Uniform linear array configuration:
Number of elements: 24
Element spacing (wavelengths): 0.5
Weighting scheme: hann
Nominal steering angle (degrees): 0
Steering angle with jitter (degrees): -1.403
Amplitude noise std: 0.05
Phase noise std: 0.05

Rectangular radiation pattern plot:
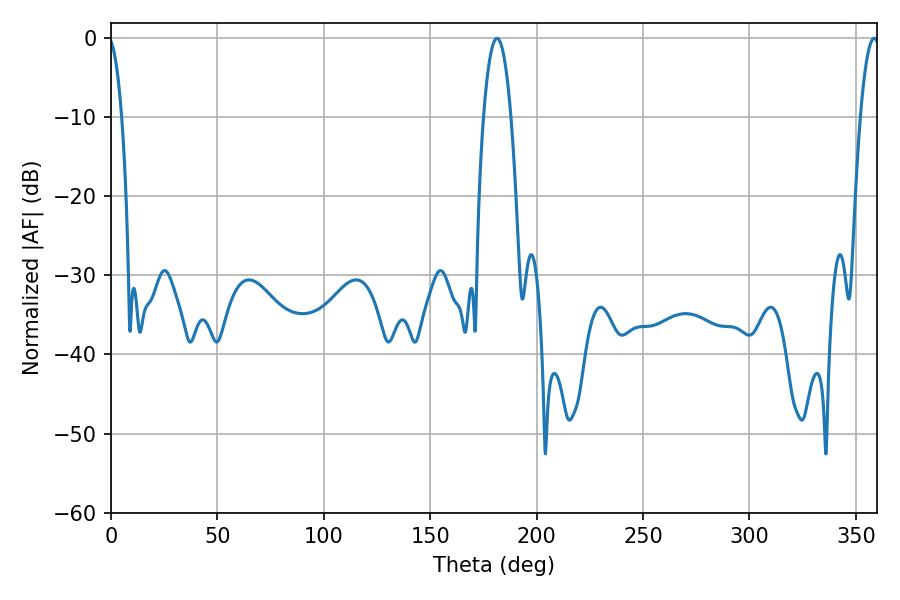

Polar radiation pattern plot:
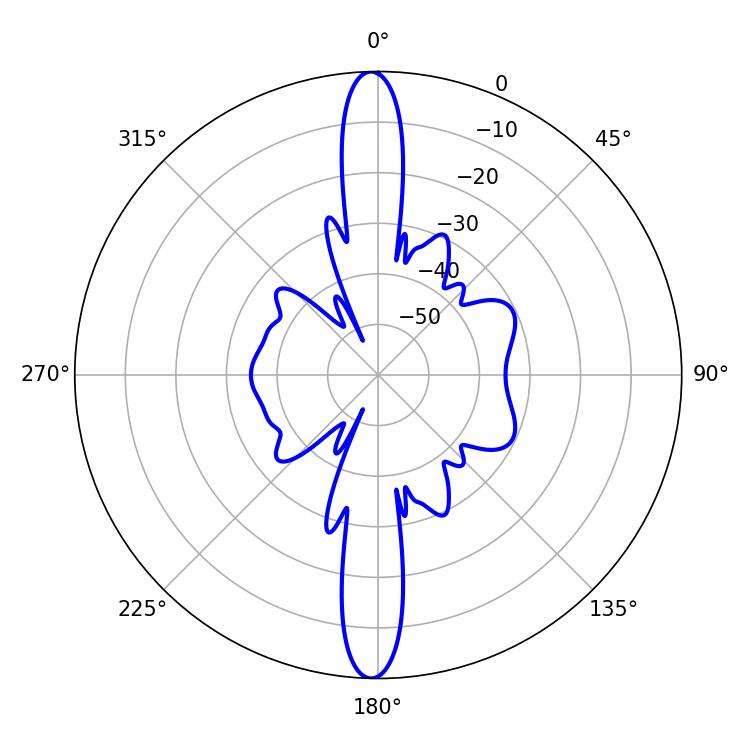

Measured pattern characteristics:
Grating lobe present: FALSE
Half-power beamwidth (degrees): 7.2
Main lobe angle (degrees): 181.44